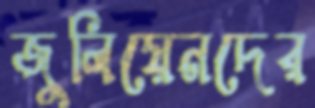
জুলিয়েনদের